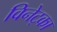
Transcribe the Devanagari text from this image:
विनेट्का